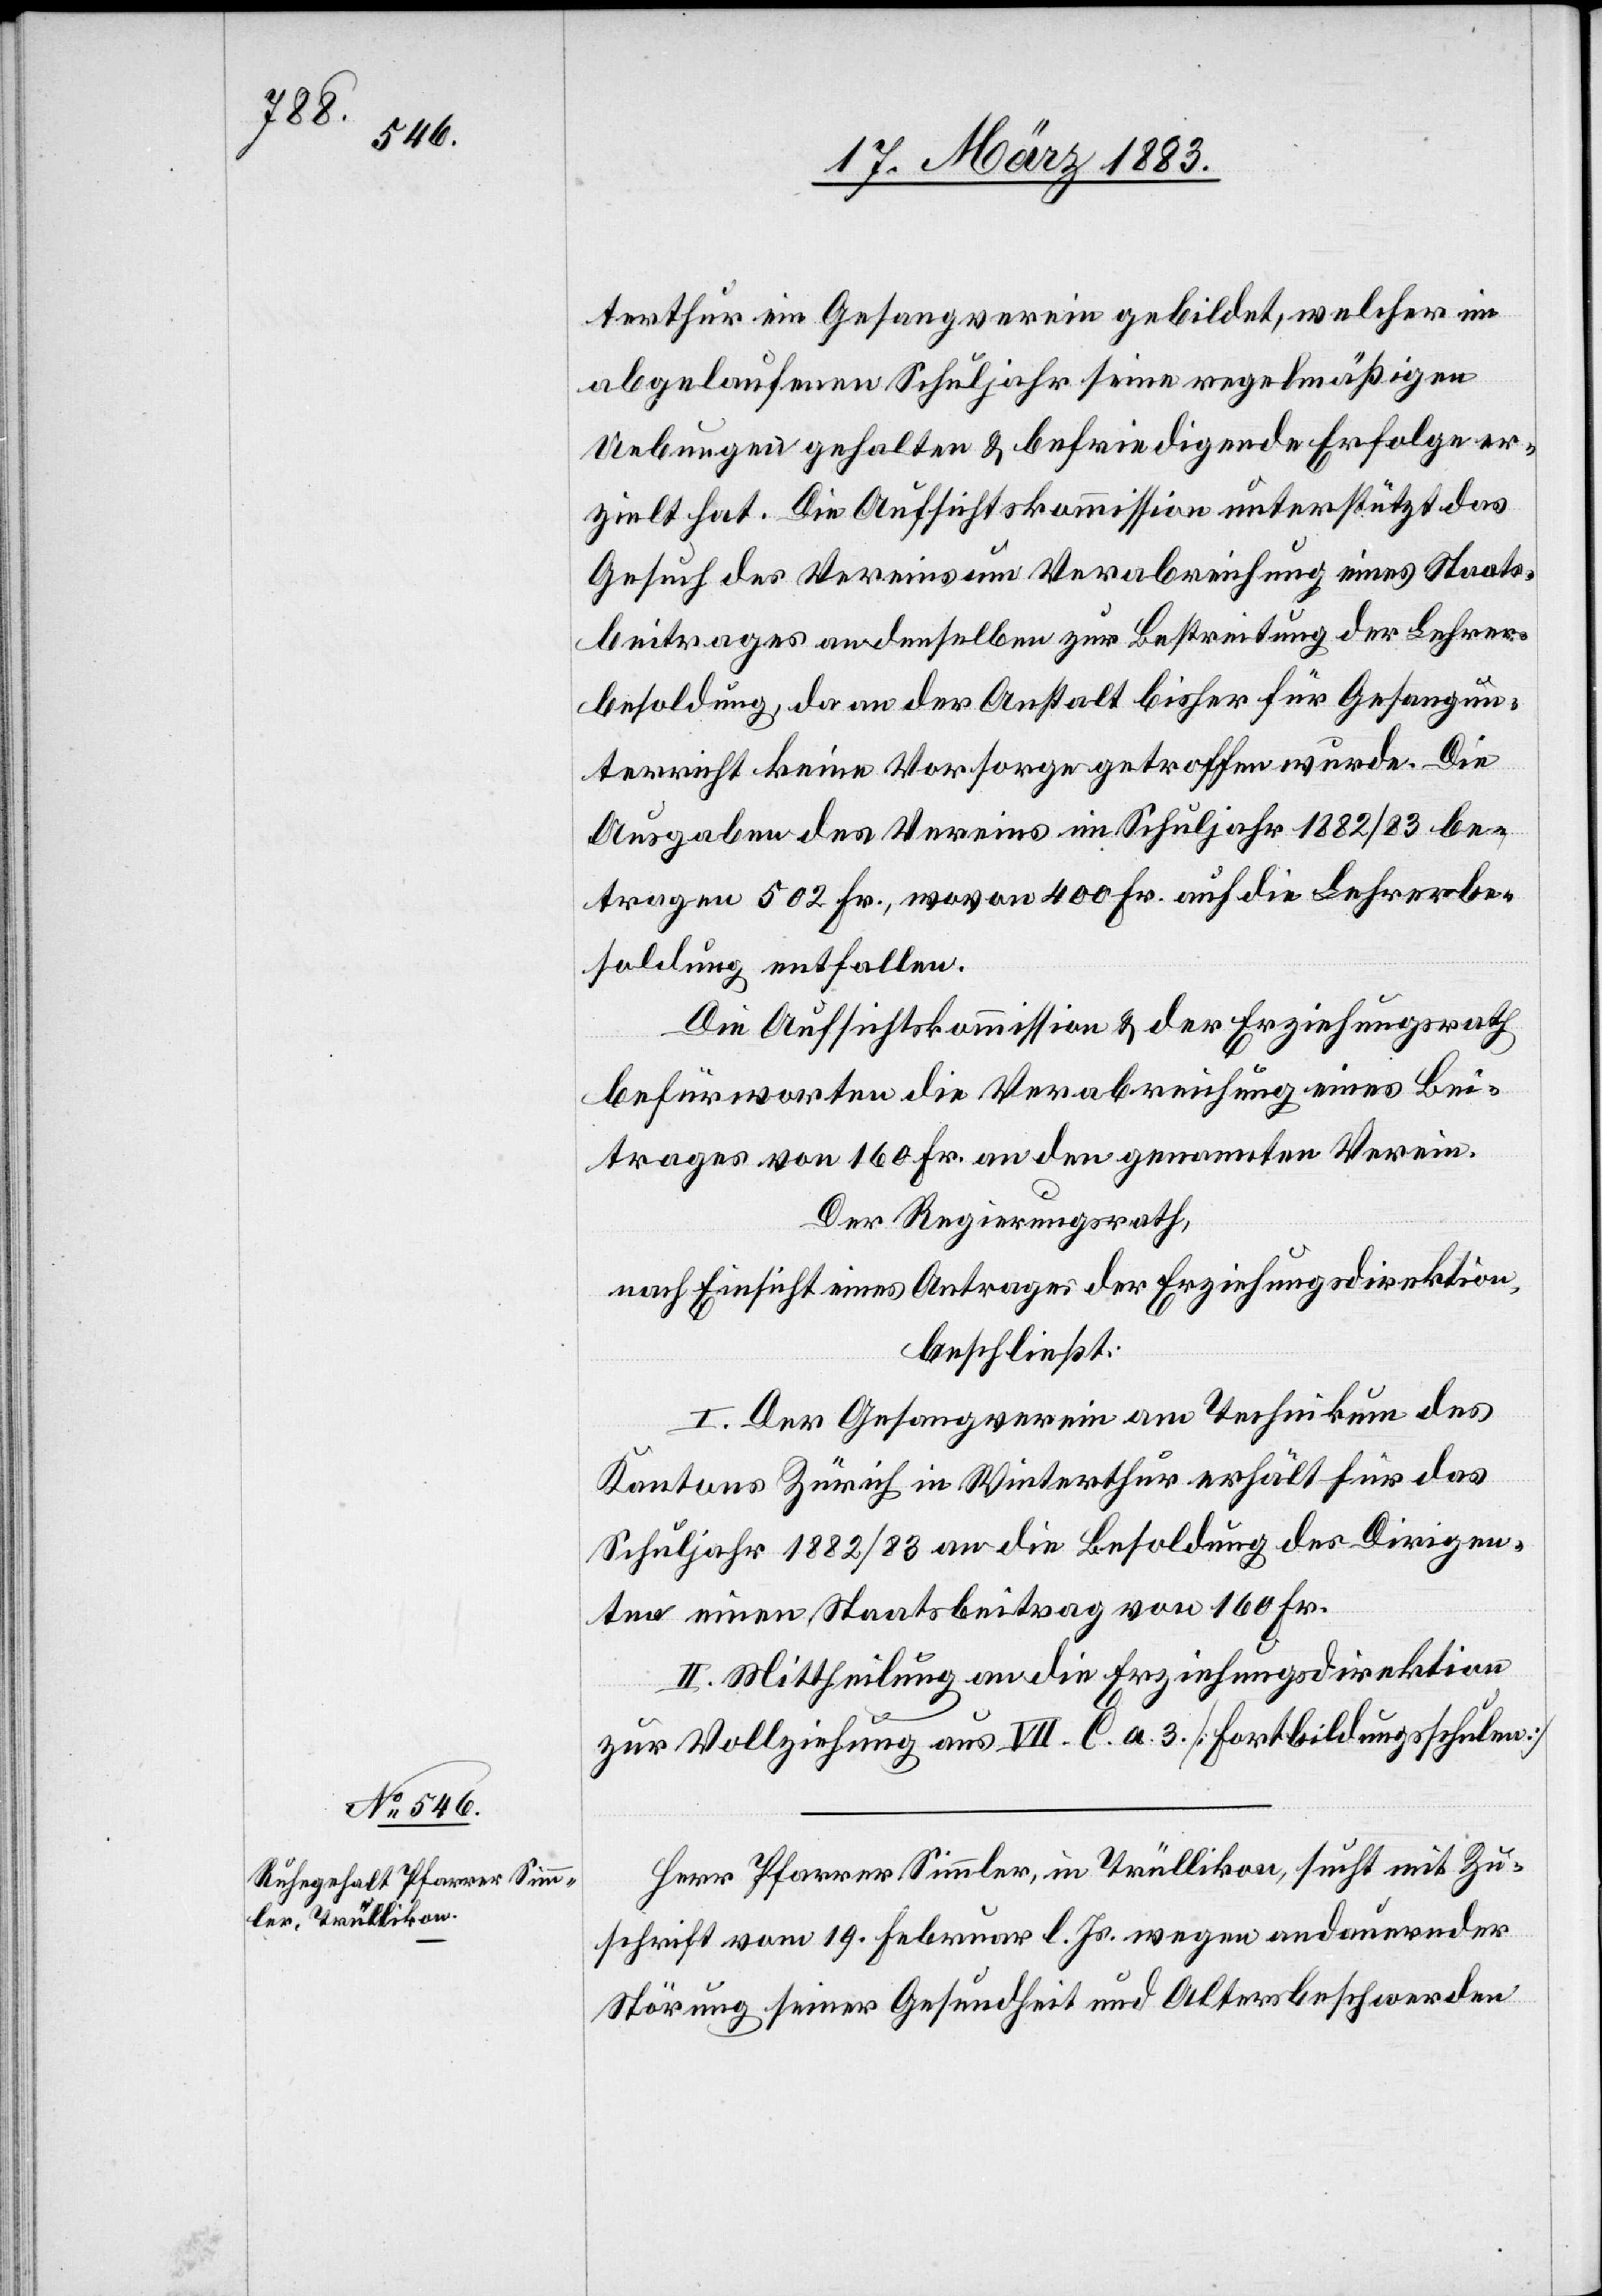
terthur ein Gesangverein gebildet, welcher im
abgelaufenen Schuljahr seine regelmäßigen
Uebungen gehalten & befriedigende Erfolge er¬
zielt hat. Die Aufsichtskommission unterstützt das
Gesuch des Vereins um Verabreichung eines Staats¬
beitrages an denselben zur Bestreitung der Lehrer¬
besoldung, da an der Anstalt bisher für Gesangun¬
terricht keine Vorsorge getroffen wurde. Die
Ausgaben des Vereins im Schuljahr 1882/83 be¬
tragen 502 Fr., wovon 400 Fr. auf die Lehrerbe¬
soldung entfallen.
Die Aufsichtskommission & der Erziehungsrath
befürworten die Verabreichung eines Bei¬
trages von 160 Fr. an den genannten Verein.
Der Regierungsrath,
nach Einsicht eines Antrages der Erziehungsdirektion,
beschließt:
I. Der Gesangverein am Technikum des
Kantons Zürich in Winterthur erhält für das
Schuljahr 1882/83 an die Besoldung des Dirigen¬
ten einen Staatsbeitrag von 160. Fr.
II. Mittheilung an die Erziehungsdirektion
zur Vollziehung aus VII. C. a. 3. [Fortbildungsschulen]
Herr Pfarrer Simmler, in Trüllikon, sucht mit Zu¬
schrift vom 19. Februar l. Js. wegen andauernder
Störung seiner Gesundheit und Altersbeschwerden